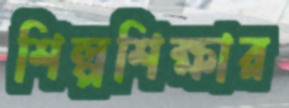
শিল্পশিক্ষার